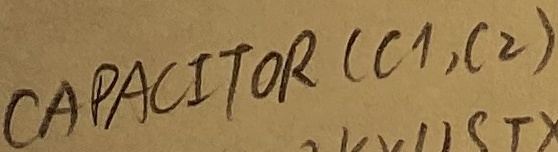
Text: CAPACITOR (C1, C2)